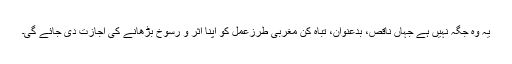
یہ وہ جگہ نہیں ہے جہاں ناقص، بدعنوان، تباہ کن مغربی طرزعمل کو اپنا اثر و رسوخ بڑھانے کی اجازت دی جائے گی۔